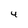
Character: 4